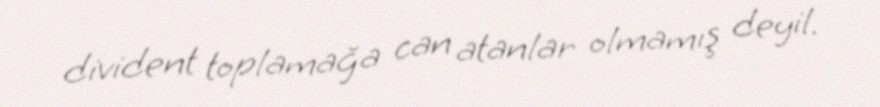
divident toplamağa can atanlar olmamış deyil.